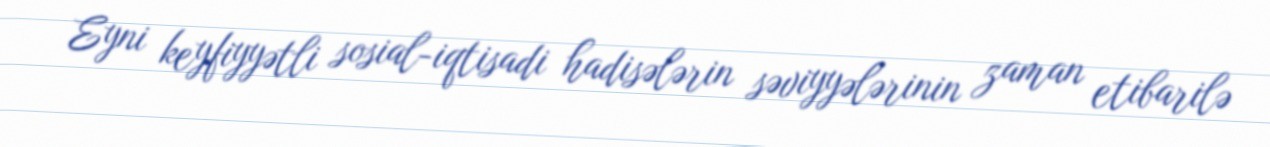
Eyni keyfiyyətli sosial-iqtisadi hadisələrin səviyyələrinin zaman etibarilə